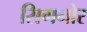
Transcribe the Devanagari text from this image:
सिगनोर